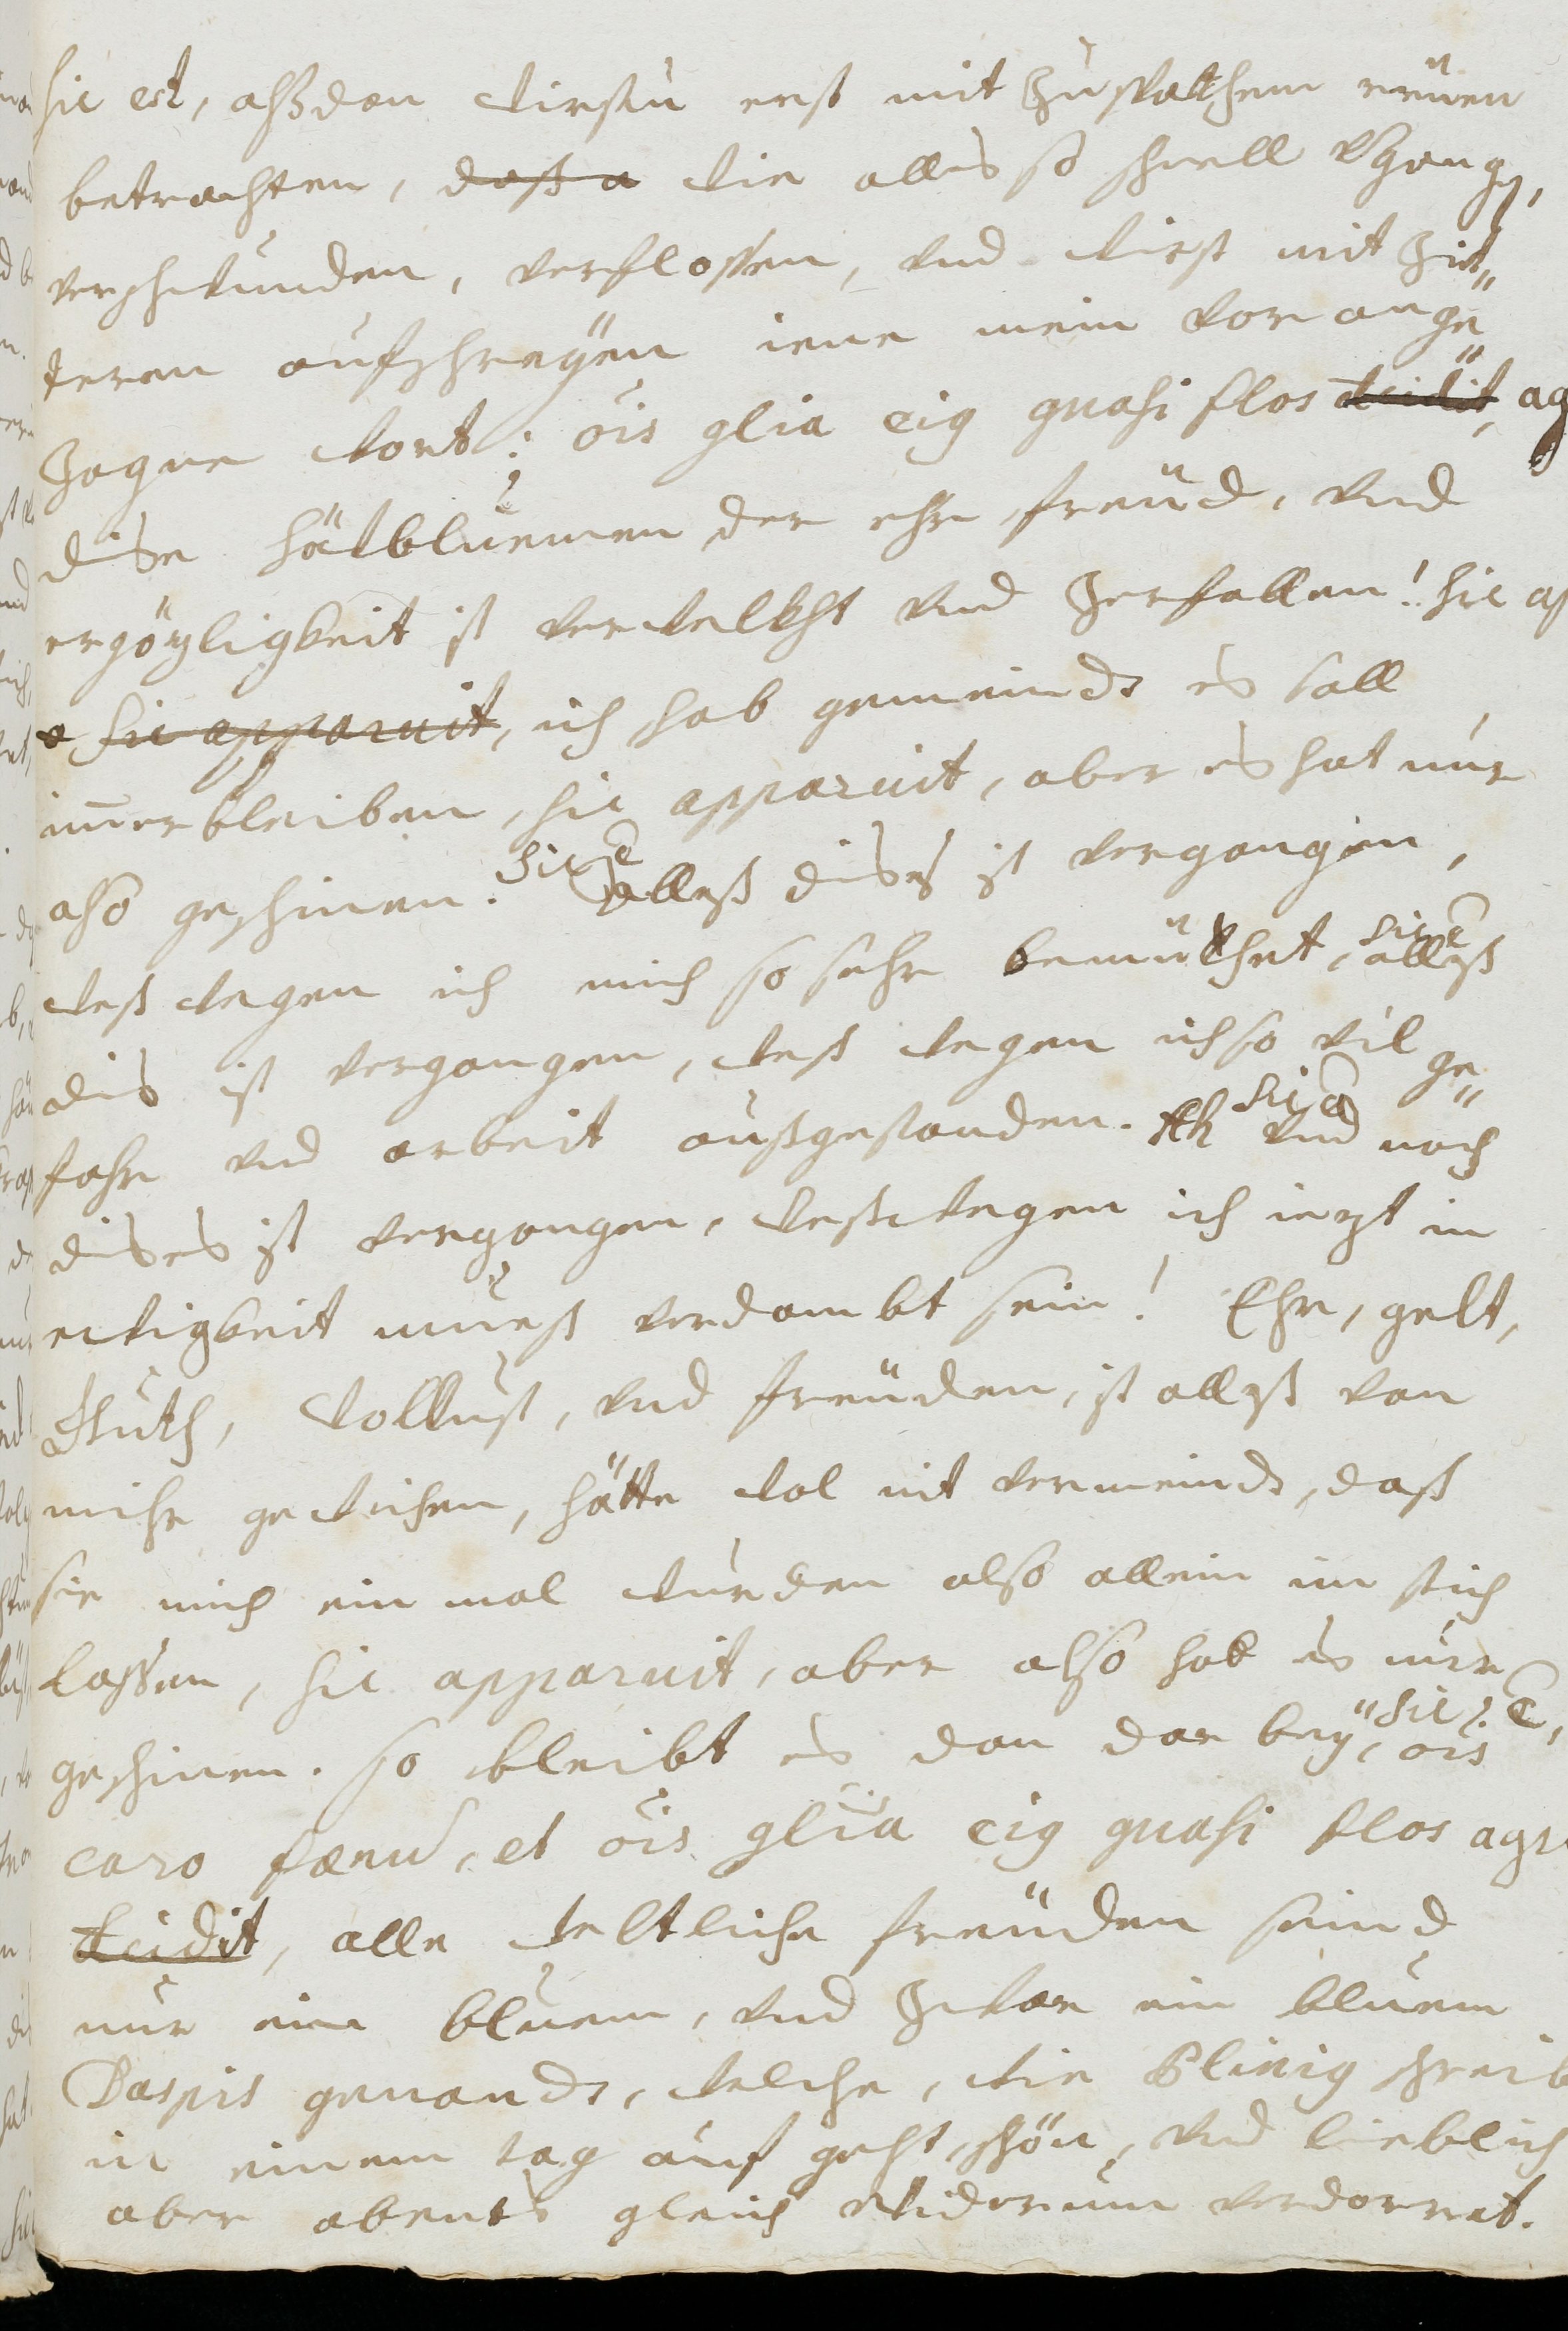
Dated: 1677–1691